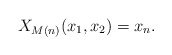
\begin{align*} X_{M(n)}(x_1, x_2) = x_n.\end{align*}